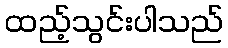
ထည့်သွင်းပါသည်